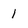
Character: 1